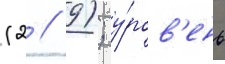
(2 / 9); у́ров'ень